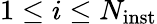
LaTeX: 1\le i\le N_{\mathrm{inst}}